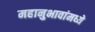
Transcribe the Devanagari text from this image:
महानुभावांमध्ये